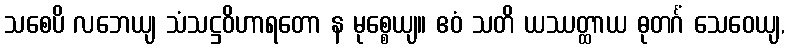
သစေပိ လဘေယျ သံသဋ္ဌဝိဟာရတော န မုစ္စေယျ။ ဧဝံ သတိ ယဿတ္ထာယ ဓုတင်္ဂံ သေဝေယျ,